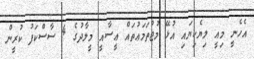
އެހެނީ މިއީ ލިޔެކިޔައި އުޅޭ މުޖުތަމަޢުތައް ޢީސާއީ މީލާދުގެ 4 ސާސްކަފު ކުރީން